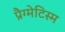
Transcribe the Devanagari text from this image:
प्रैग्मेटिस्म